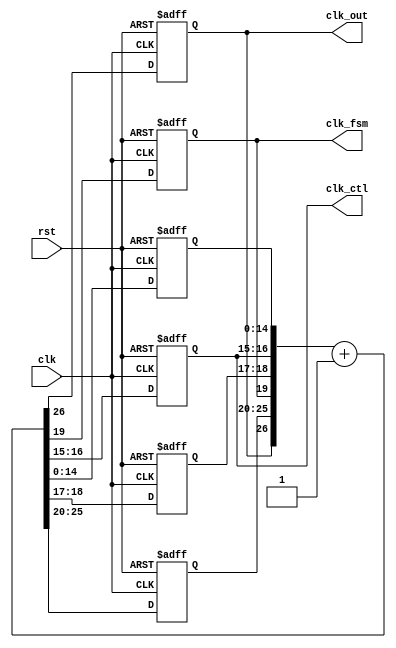
`timescale 1ns / 1ps
//////////////////////////////////////////////////////////////////////////////////
// Company: 
// Engineer: 
// 
// Design Name: 
// Module Name: freqdiv27
// Project Name: 
// Target Devices: 
// Tool Versions: 
// Description: 
// 
// Dependencies: 
// 
// Revision:
// Revision 0.01 - File Created
// Additional Comments:
// 
//////////////////////////////////////////////////////////////////////////////////
`define FREQ_DIV_BIT 27

module freqdiv27(
    clk_out,
    clk_fsm,
    clk_ctl,
    clk,
    rst
    );
    
    output clk_out;
    output clk_fsm;
    output [1:0] clk_ctl;
    
    input clk;
    input rst;
    
    reg clk_out;
    reg clk_fsm;
    reg [1:0] clk_ctl;
    reg [14:0] cnt_l;
    reg [1:0] cnt_h2;
    reg [5:0] cnt_h1;
    reg [`FREQ_DIV_BIT-1:0] cnt_tmp;
    
    always@(clk_out or cnt_h1 or clk_fsm or cnt_h2 or cnt_l or clk_ctl)
        cnt_tmp={clk_out,cnt_h1,clk_fsm,cnt_h2,clk_ctl,cnt_l}+1;
        
    always@(posedge clk or posedge rst)
        if(rst)
            {clk_out,cnt_h1,clk_fsm,cnt_h2,clk_ctl,cnt_l}<=`FREQ_DIV_BIT'b0;
        else
            {clk_out,cnt_h1,clk_fsm,cnt_h2,clk_ctl,cnt_l}<=cnt_tmp;                        
             
endmodule